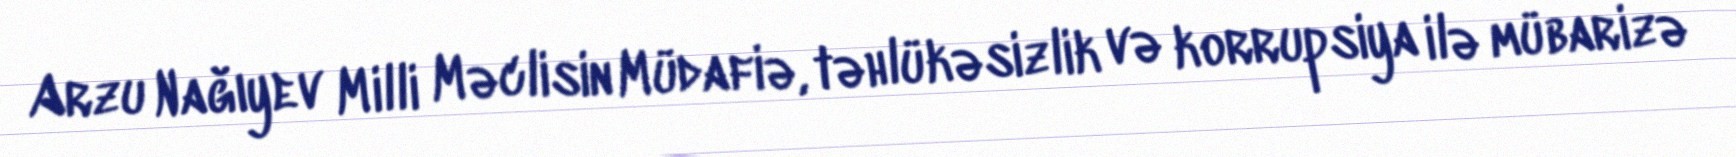
Arzu Nağıyev Milli Məclisin Müdafiə, təhlükəsizlik və korrupsiya ilə mübarizə